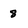
Character: 8